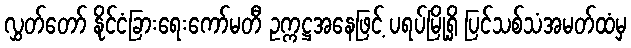
လွှတ်တော် နိုင်ငံခြားရေးကော်မတီ ဥက္ကဋ္ဌအနေဖြင့် ပရပ်မြို့ရှိ ပြင်သစ်သံအမတ်ထံမှ